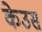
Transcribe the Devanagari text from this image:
केउस